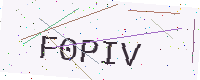
Text: F0PIV